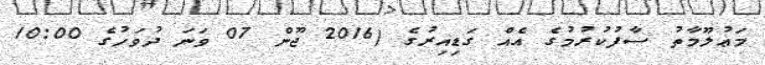
މަޢުލޫމާތު ސާފުކުރުމުގެ އެއް ގަޑިއިރުގެ (2016 ޖޫން 07 ވަނަ ދުވަހުގެ 10:00